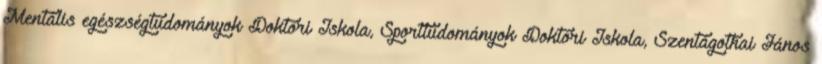
Mentális egészségtudományok Doktori Iskola, Sporttudományok Doktori Iskola, Szentágothai János